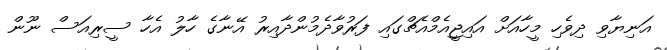
އަނިޔާވި ދިވެހި މީހާއަށް އައިޖީއެމްއެޗްގައި ފަރުވާދެމުންދާއިރު އޭނާގެ ހާލު އެހާ ސީރިއަސް ނޫން